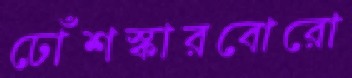
ঢোঁশস্কারবোরো